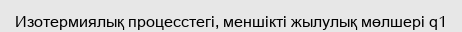
Изотермиялық процесстегі, меншікті жылулық мөлшері q1